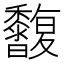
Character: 𪐒